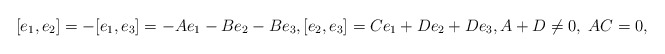
\begin{align*} [e_1, e_2]=-[e_1,e_3]=-A e_1 - B e_2-B e_3, [e_2,e_3]=C e_1 +D e_2+D e_3, A+D\neq 0, \; AC =0,\end{align*}